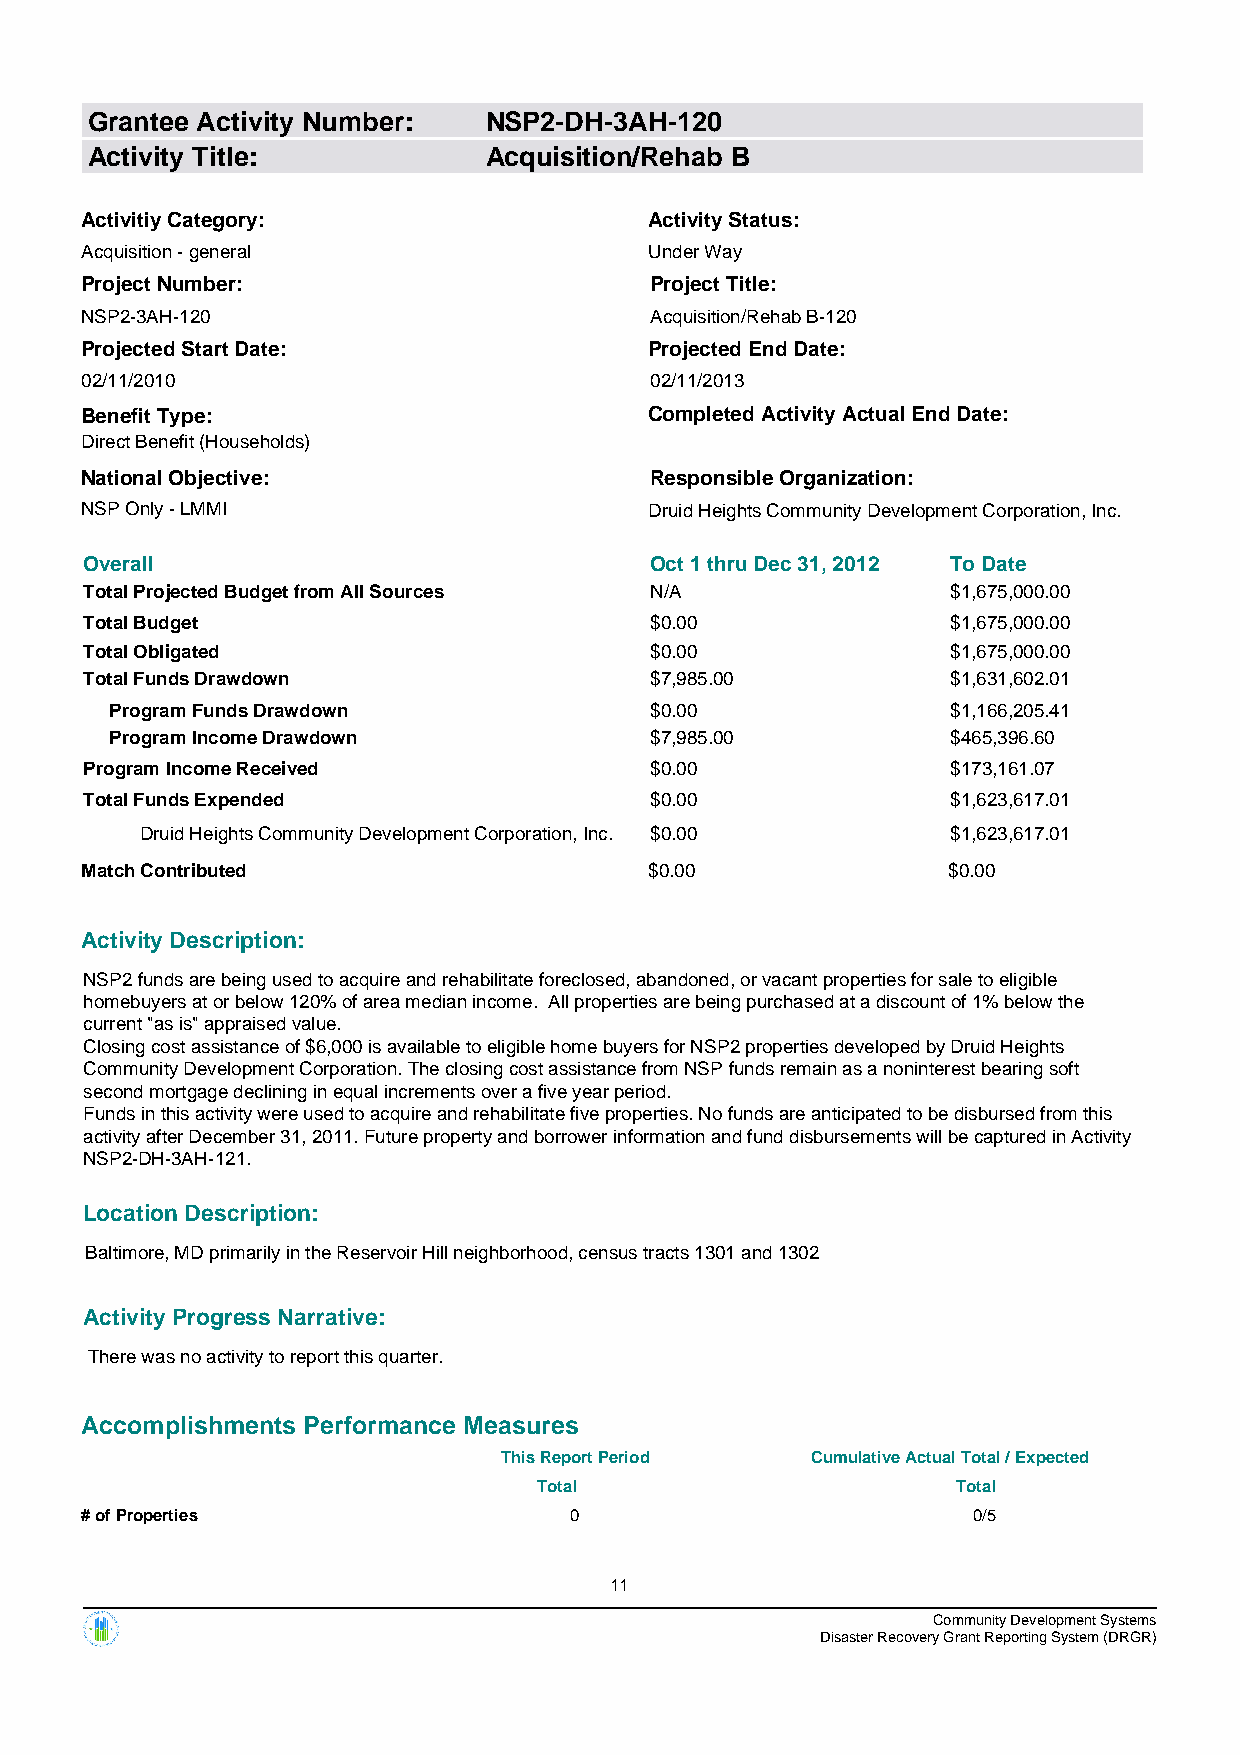
Grantee Activity Number:  NSP2-DH-3AH-120
 Activity Title:           Acquisition/Rehab B
 Activitiy Category:                   Activity Status:
 Acquisition - general                 Under Way
 Project Number:                       Project Title:
 NSP2-3AH-120                          Acquisition/Rehab B-120
 Projected Start Date:                 Projected End Date:
 02/11/2010                            02/11/2013
 Benefit Type:                         Completed Activity Actual End Date:
 Direct Benefit (Households)
 National Objective:                   Responsible Organization:
 NSP Only - LMMI                       Druid Heights Community Development Corporation, Inc.
 Overall                              Oct 1 thru Dec 31, 2012 To Date
 Total Projected Budget from All Sources N/A              $1,675,000.00
 Total Budget                         $0.00               $1,675,000.00
 Total Obligated                      $0.00               $1,675,000.00
 Total Funds Drawdown                 $7,985.00           $1,631,602.01
 Program Funds Drawdown              $0.00               $1,166,205.41
 Program Income Drawdown             $7,985.00           $465,396.60
 Program Income Received              $0.00               $173,161.07
 Total Funds Expended                 $0.00               $1,623,617.01
 Druid Heights Community Development Corporation, Inc. $0.00 $1,623,617.01
 Match Contributed                     $0.00               $0.00
 Activity Description:
 NSP2 funds are being used to acquire and rehabilitate foreclosed, abandoned, or vacant properties for sale to eligible
 homebuyers at or below 120% of area median income. All properties are being purchased at a discount of 1% below the
 current "as is" appraised value.
 Closing cost assistance of $6,000 is available to eligible home buyers for NSP2 properties developed by Druid Heights
 Community Development Corporation. The closing cost assistance from NSP funds remain as a noninterest bearing soft
 second mortgage declining in equal increments over a five year period.
 Funds in this activity were used to acquire and rehabilitate five properties. No funds are anticipated to be disbursed from this
 activity after December 31, 2011. Future property and borrower information and fund disbursements will be captured in Activity
 NSP2-DH-3AH-121.
 Location Description:
 Baltimore, MD primarily in the Reservoir Hill neighborhood, census tracts 1301 and 1302
 Activity Progress Narrative:
 There was no activity to report this quarter.
 Accomplishments Performance Measures
 This Report Period   Cumulative Actual Total / Expected
 Total                      Total
 # of Properties                  0                         0/5
 11
 Community Development Systems
 Disaster Recovery Grant Reporting System (DRGR)